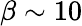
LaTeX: \beta\sim 10